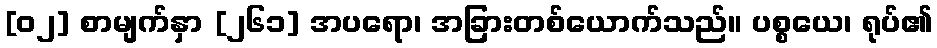
[၀၂] စာမျက်နှာ [၂၆၁] အပရော၊ အခြားတစ်ယောက်သည်။ ပစ္စယေ၊ ရုပ်၏